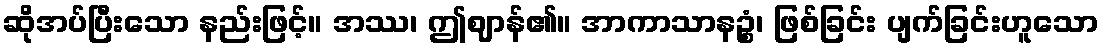
ဆိုအပ်ပြီးသော နည်းဖြင့်။ အဿ၊ ဤဈာန်၏။ အာကာသာနဉ္စံ၊ ဖြစ်ခြင်း ပျက်ခြင်းဟူသော